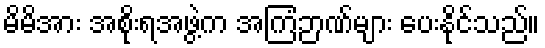
မိမိအား အစိုးရအဖွဲ့က အကြံဉာဏ်များ ပေးနိုင်သည်။